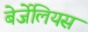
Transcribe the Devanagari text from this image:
बेर्जेलियस